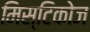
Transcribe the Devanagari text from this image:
मिस्टिकोज